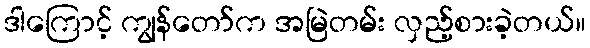
ဒါကြောင့် ကျွန်တော်က အမြဲတမ်း လှည့်စားခဲ့တယ်။